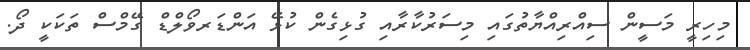
މިހިރީ މަސީން ސިއްރިއްޔާތުގައި މިސަރުކާރާއި ގުޅިގެން ކުޅޭ އަންޑަރވޯލްޑް ގޭމްސް ތަކަކީ ދޯ.